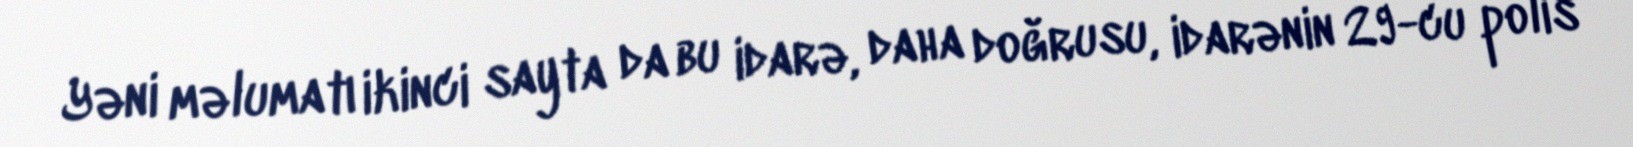
Yəni məlumatı ikinci sayta da bu idarə, daha doğrusu, idarənin 29-cu polis